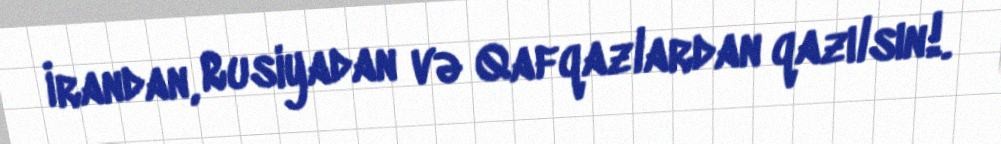
İrandan, Rusiyadan və Qafqazlardan qazılsın!.